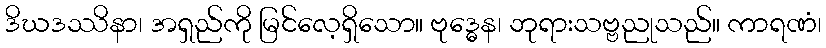
ဒိဃဒဿိနာ၊ အရှည်ကို မြင်လေ့ရှိသော။ ဗုဒ္ဓေန၊ ဘုရားသဗ္ဗညုသည်။ ကာရဏံ၊